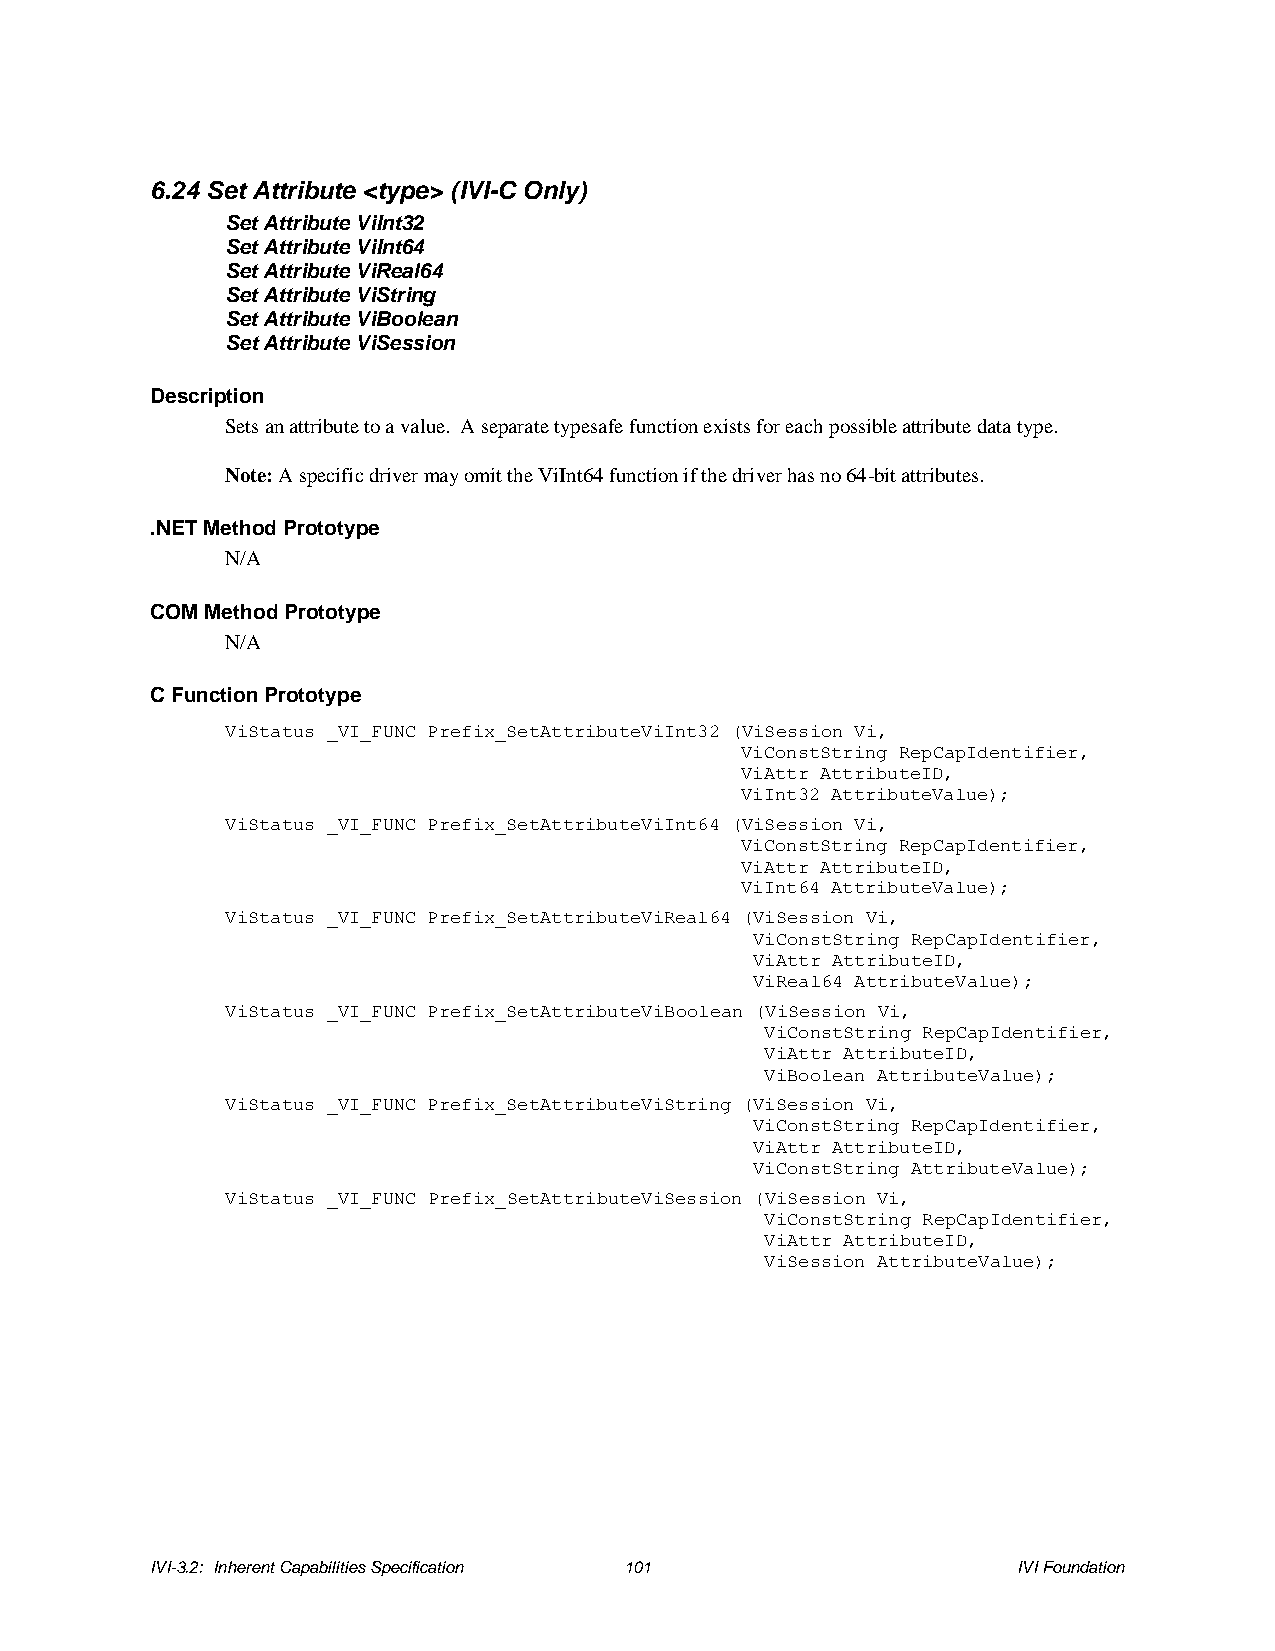
6.24 Set Attribute <type> (IVI-C Only)
 Set Attribute ViInt32
 Set Attribute ViInt64
 Set Attribute ViReal64
 Set Attribute ViString
 Set Attribute ViBoolean
 Set Attribute ViSession
 Description
 Sets an attribute to a value. A separate typesafe function exists for each possible attribute data type.
 Note: A specific driver may omit the ViInt64 function if the driver has no 64-bit attributes.
 .NET Method Prototype
 N/A
 COM Method Prototype
 N/A
 C Function Prototype
 ViStatus _VI_FUNC Prefix_SetAttributeViInt32 (ViSession Vi,
 ViConstString RepCapIdentifier,
 ViAttr AttributeID,
 ViInt32 AttributeValue);
 ViStatus _VI_FUNC Prefix_SetAttributeViInt64 (ViSession Vi,
 ViConstString RepCapIdentifier,
 ViAttr AttributeID,
 ViInt64 AttributeValue);
 ViStatus _VI_FUNC Prefix_SetAttributeViReal64 (ViSession Vi,
 ViConstString RepCapIdentifier,
 ViAttr AttributeID,
 ViReal64 AttributeValue);
 ViStatus _VI_FUNC Prefix_SetAttributeViBoolean (ViSession Vi,
 ViConstString RepCapIdentifier,
 ViAttr AttributeID,
 ViBoolean AttributeValue);
 ViStatus _VI_FUNC Prefix_SetAttributeViString (ViSession Vi,
 ViConstString RepCapIdentifier,
 ViAttr AttributeID,
 ViConstString AttributeValue);
 ViStatus _VI_FUNC Prefix_SetAttributeViSession (ViSession Vi,
 ViConstString RepCapIdentifier,
 ViAttr AttributeID,
 ViSession AttributeValue);
 IVI-3.2: Inherent Capabilities Specification 101         IVI Foundation